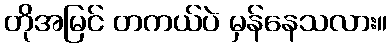
တိုအမြင် တကယ်ပဲ မှန်နေသလား။